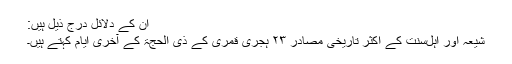
ان کے دلائل درج ذیل ہیں:
شیعہ اور اہل‌سنت کے اکثر تاریخی مصادر ۲۳ ہجری قمری کے ذی‌ الحجۃ کے آخری ایام کہتے ہیں۔